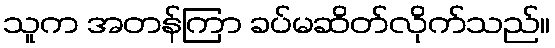
သူက အတန်ကြာ ခပ်မဆိတ်လိုက်သည်။